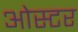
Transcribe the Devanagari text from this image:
ओस्टर